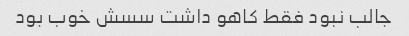
جالب نبود فقط کاهو داشت سسش خوب بود